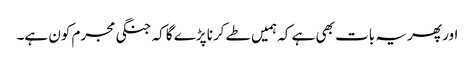
اور پھر یہ بات بھی ہے کہ ہمیں طے کرنا پڑے گا کہ جنگی مجرم کون ہے۔